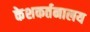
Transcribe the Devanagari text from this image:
केशकर्तनालय